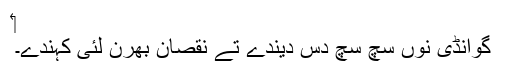
‏
گوانڈی نوں سچ سچ دس دیندے تے نقصان بھرن لئی کہندے۔